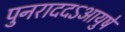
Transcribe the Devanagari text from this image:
पुनराददऽआयुषे